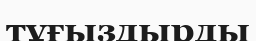
тұғыздырды